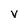
Character: V